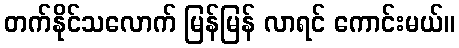
တက်နိုင်သလောက် မြန်မြန် လာရင် ကောင်းမယ်။